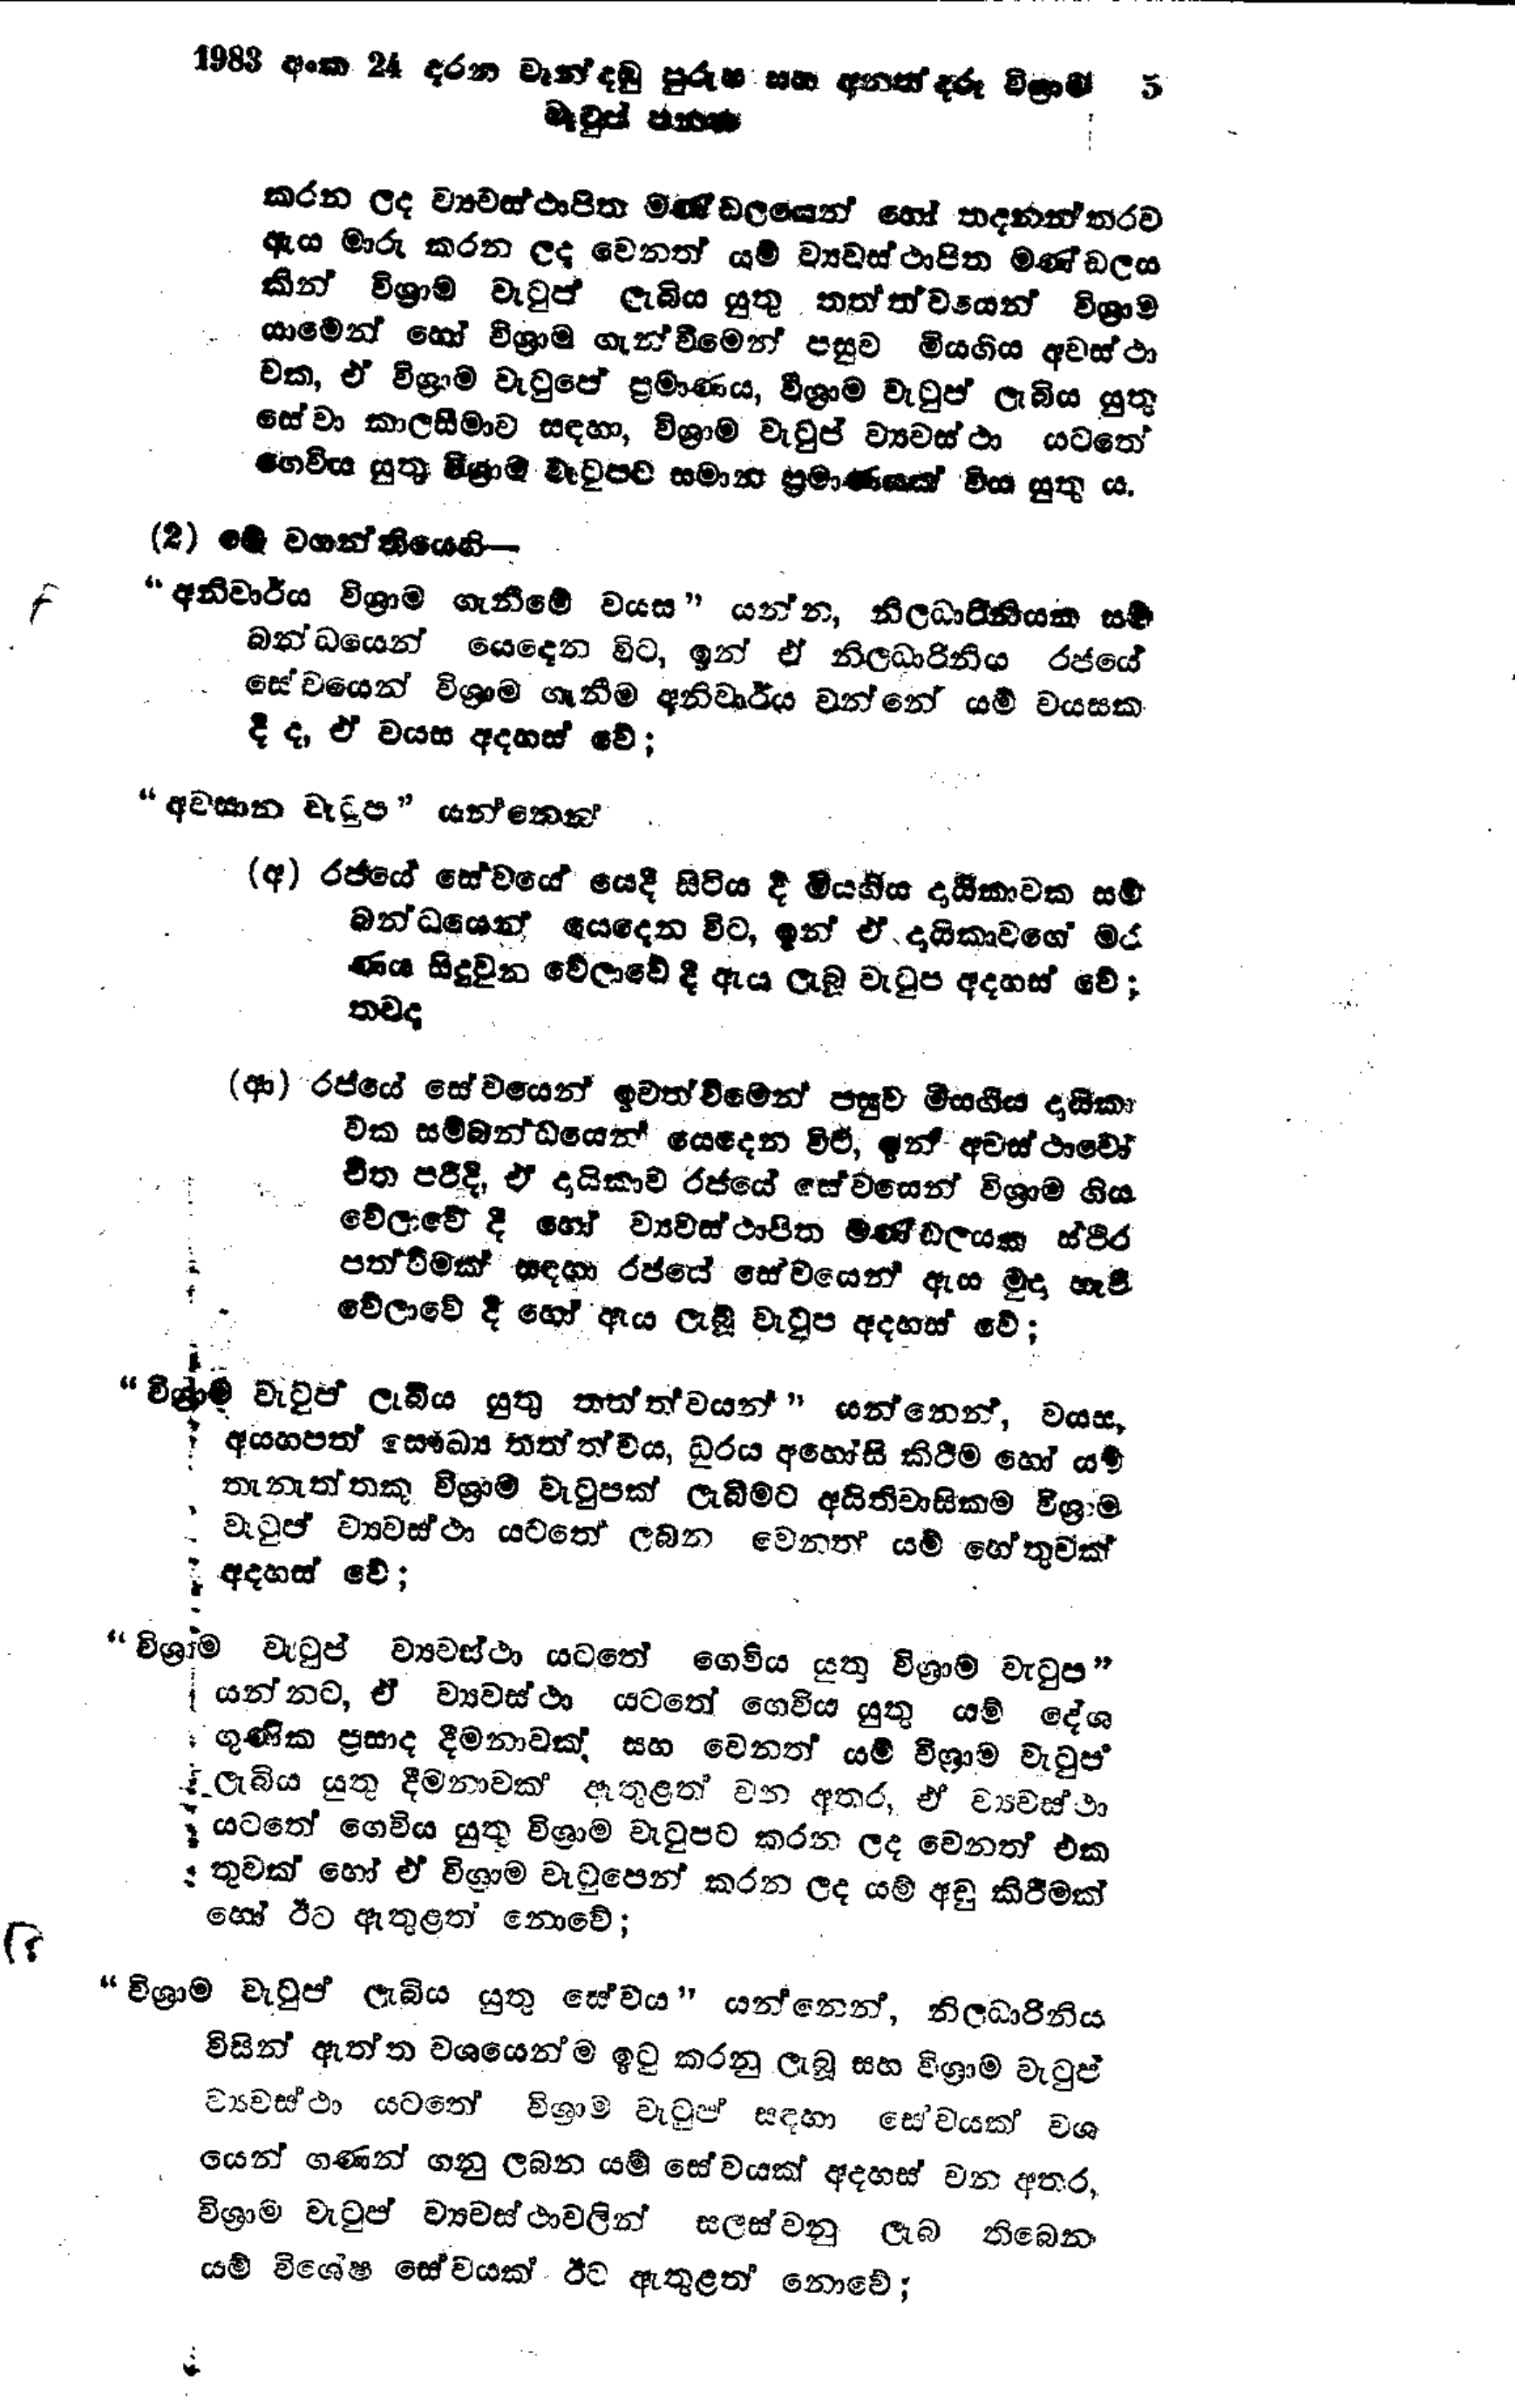
1983 අංක 24 දරන වැන්දඹු පුරුෂ සහ අනත්දරු විලාම   5
වැටුප් පනත

කරන ලද ව්‍යවස්ථාපිත මණ්ඩලයෙන් හෝ තදනන්තරව
ඇය මාරු කරන ලද වෙනත් යම් ව්‍යවස්ථාපිත මණ්ඩලය
කින් විශ්‍රාම වැටුප් ලැබිය යුතු තත්ත්වයෙන් විශ්‍රාම
යාමෙන් හෝ විශ්‍රාම ගැන්වීමෙන් පසුව මියගිය අවස්ථා
වක, ඒ විශ්‍රාම වැටුපේ ප්‍රමාණය, විශ්‍රාම වැටුප් ලැබිය යුතු
සේවා කාලසීමාව සඳහා, විශ්‍රාම වැටුප් ව්‍යවස්ථා යටතේ
ගෙවිය යුතු විශ්‍රාම වැටුපට සමාන ප්‍රමාණයක් විය යුතු ය.

(2) මේ වගන්තියෙහි-
"අනිවාර්ය විශ්‍රාම ගැනීමේ වයස" යන්න, නිලධාරිනියක සම්
බන්ධයෙන් යෙදෙන විට, ඉන් ඒ නිලධාරිනිය රජයේ
සේවයෙන් විශ්‍රාම ගැනීම අනිවාර්ය වන්නේ යම් වයසක
දී ද, ඒ වයස අදහස් වේ;

"අවසාන වැටුප" යන්නෙන්

(අ) රජයේ සේවයේ යෙදී සිටිය දී මිය ගිය දායිකාවක සම්
බන්ධයෙන් යෙදෙන විට, ඉන් ඒ දායිකාවගේ මර
ණය සිදු වුන වේලාවේ දී ඇය ලැබූ වැටුප අදහස් වේ;
තවද

(ආ) රජයේ සේවයෙන් ඉවත්වීමෙන් පසුව මියගිය දායිකා
වක සම්බන්ධයෙන් යෙදෙන විට, ඉන් අවස්ථාවෝ
චිත පරිදි, ඒ දායිකාව රජයේ සේවයෙන් විශ්‍රාම ගිය
වේලාවේ දී හෝ ව්‍යවස්ථාපිත මණ්ඩලයක ස්ථීර
පත්වීමක් සඳහා රජයේ සේවයෙන් ඇය මුදා හැරී
වේලාවේ දී හෝ ඇය ලැබූ වැටුප අදහස් වේ;

"විශ්‍රාම වැටුප් ලැබිය යුතු තත්ත්වයන් " යන්නෙන්, වයස,
අයහපත් සෞඛ්‍ය තත්ත්වය, ධුරය අහෝසි කිරීම හෝ යම්
තැනැත්තකු විශ්‍රාම වැටුපක් ලැබීමට අයිතිවාසිකම විශ්‍රාම
වැටුප් ව්‍යවස්ථා යටතේ ලබන වෙනත් යම් හේතුවක්
අදහස් වේ;

"විශ්‍රාම වැටුප් ව්‍යවස්ථා යටතේ ගෙවිය යුතු විශ්‍රාම වැටුප "
යන්නට, ඒ ව්‍යවස්ථා යටතේ ගෙවිය යුතු යම් දේශ
ගුණික ප්‍රසාද දීමනාවක් සහ වෙනත් යම් විශ්‍රාම වැටුප්
ලැබිය යුතු දීමනාවක් ඇතුළත් වන අතර, ඒ ව්‍යවස්ථා
යටතේ ගෙවිය යුතු විශ්‍රාම වැටුපට කරන ලද වෙනත් එක
තුවක් හෝ ඒ විශ්‍රාම වැටුපෙන් කරන ලද යම් අඩු කිරීමක්
හෝ ඊට ඇතුළත් නොවේ;

"විශ්‍රාම වැටුප් ලැබිය යුතු සේවය " යන්නෙන්, නිලධාරිනිය
විසින් ඇත්ත වශයෙන් ම ඉටු කරනු ලැබූ සහ විශ්‍රාම වැටුප්
ව්‍යවස්ථා යටතේ විශ්‍රාම වැටුප් සඳහා සේවයක් වශ
යෙන් ගණන් ගනු ලබන යම් සේවයක් අදහස් වන අතර,
විශ්‍රාම වැටුප් ව්‍යවස්ථාවලින් සලස්වනු ලැබ තිබෙන
යම් විශේෂ සේවයක් ඊට ඇතුළත් නොවේ;